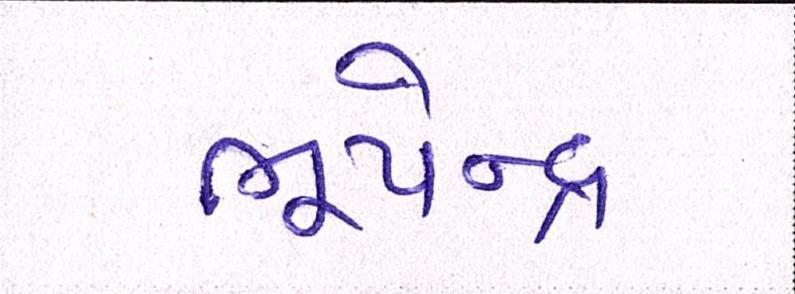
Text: ભૂપેન્દ્ર